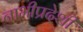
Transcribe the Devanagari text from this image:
नाभीप्रदेशी